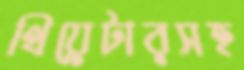
থিয়েটারসহ